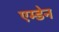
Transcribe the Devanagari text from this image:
एम्डेन